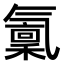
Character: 𣱭